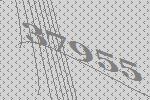
37955